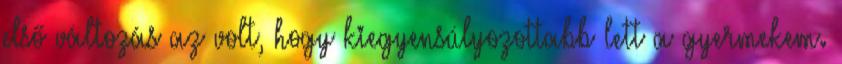
első változás az volt, hogy kiegyensúlyozottabb lett a gyermekem.